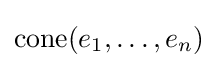
{\text{cone}}(e_{1},\ldots ,e_{n})